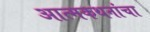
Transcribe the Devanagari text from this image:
आत्मकथनांचा